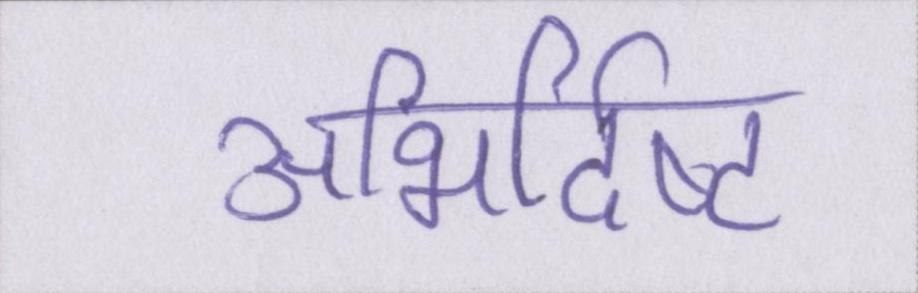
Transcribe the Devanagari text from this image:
अभिर्दिष्ट